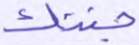
جنتك